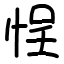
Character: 悜